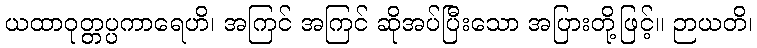
ယထာဝုတ္တပ္ပကာရေဟိ၊ အကြင် အကြင် ဆိုအပ်ပြီးသော အပြားတို့ဖြင့်။ ဉာယတိ၊